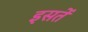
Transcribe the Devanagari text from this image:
इसतें